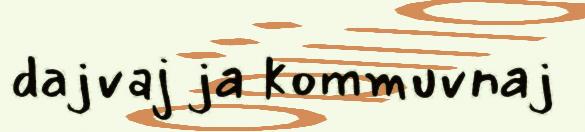
dajvaj ja kommuvnaj